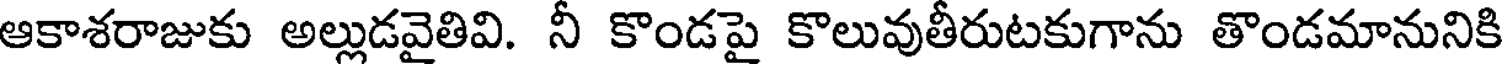
ఆకాశరాజుకు అల్లుడవైతివి. నీ కొండపై కొలువుతీరుటకుగాను తొండమానునికి